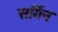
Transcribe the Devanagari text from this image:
सर्गिन